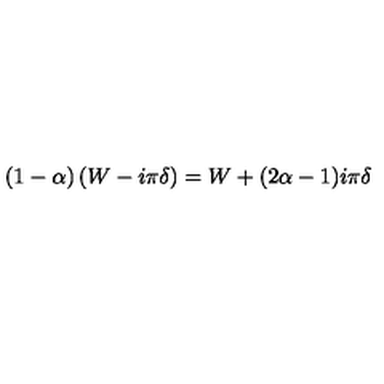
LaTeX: ( 1 - \alpha ) \left( W - i \pi \delta \right) = W + ( 2 \alpha - 1 ) i \pi \delta